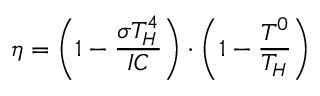
\eta = \left( 1 - { \frac { \sigma T _ { H } ^ { 4 } } { I C } } \right) \cdot \left( 1 - { \frac { T ^ { 0 } } { T _ { H } } } \right)